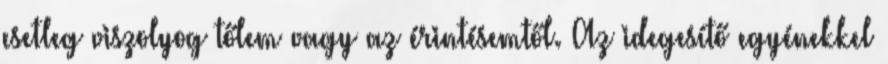
esetleg viszolyog tőlem vagy az érintésemtől. Az idegesítő egyénekkel